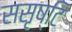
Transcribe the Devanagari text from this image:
ससृष्टि